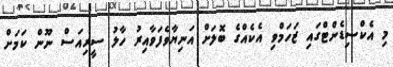
މި އެކްސިޑެންޓްގައި ޒަހަމްވި އެކެއްގެ ބޮލަށް އަނިޔާވެފަވާއިރު ހާލު ސީރިއަަސް ނޫން ކަމަށް